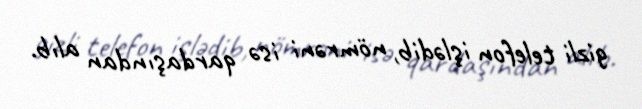
gizli telefon işlədib, nömrəni isə qardaşından alıb.